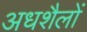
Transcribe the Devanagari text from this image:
अधशैलों